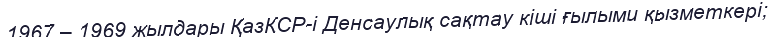
1967 – 1969 жылдары ҚазКСР-і Денсаулық сақтау кіші ғылыми қызметкері;